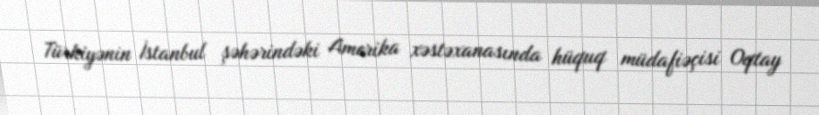
Türkiyənin İstanbul şəhərindəki Amerika xəstəxanasında hüquq müdafiəçisi Oqtay